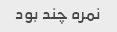
نمره چند بود